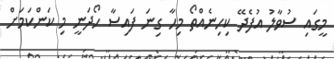
މީގައި ސުވާލު އުފެދޭ ކިހިނެއްތޯ މިހާ ގިނަ ފައިސާ ހޯދަނީ މި ކަންކަމަށް